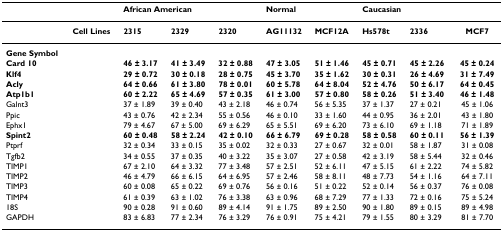
<table><thead><tr><td></td><td></td><td colspan="3"><b>African American</b></td><td colspan="2"><b>Normal</b></td><td colspan="3"><b>Caucasian</b></td></tr></thead><tbody><tr><td></td><td><b>Cell Lines</b></td><td><b>2315</b></td><td><b>2329</b></td><td><b>2320</b></td><td><b>AG11132</b></td><td><b>MCF12A</b></td><td><b>Hs578t</b></td><td><b>2336</b></td><td><b>MCF7</b></td></tr><tr><td><b>Gene Symbol</b></td><td></td><td></td><td></td><td></td><td></td><td></td><td></td><td></td><td></td></tr><tr><td><b>Card 10</b></td><td></td><td><b>46 ± 3.17</b></td><td><b>41 ± 3.49</b></td><td><b>32 ± 0.88</b></td><td><b>47 ± 3.05</b></td><td><b>51 ± 1.46</b></td><td><b>45 ± 0.71</b></td><td><b>45 ± 2.26</b></td><td><b>45 ± 0.24</b></td></tr><tr><td><b>Klf4</b></td><td></td><td><b>29 ± 0.72</b></td><td><b>30 ± 0.18</b></td><td><b>28 ± 0.75</b></td><td><b>45 ± 3.70</b></td><td><b>35 ± 1.62</b></td><td><b>30 ± 0.31</b></td><td><b>26 ± 4.69</b></td><td><b>31 ± 7.49</b></td></tr><tr><td><b>Acly</b></td><td></td><td><b>64 ± 0.66</b></td><td><b>61 ± 3.80</b></td><td><b>78 ± 0.01</b></td><td><b>60 ± 5.78</b></td><td><b>64 ± 8.04</b></td><td><b>52 ± 4.76</b></td><td><b>50 ± 6.17</b></td><td><b>64 ± 0.45</b></td></tr><tr><td><b>Atp1b1</b></td><td></td><td><b>60 ± 2.22</b></td><td><b>65 ± 4.69</b></td><td><b>57 ± 0.35</b></td><td><b>61 ± 3.00</b></td><td><b>57 ± 0.80</b></td><td><b>58 ± 0.26</b></td><td><b>51 ± 3.40</b></td><td><b>46 ± 1.48</b></td></tr><tr><td>Galnt3</td><td></td><td>37 ± 1.89</td><td>39 ± 0.40</td><td>43 ± 2.18</td><td>46 ± 0.74</td><td>56 ± 5.35</td><td>37 ± 1.37</td><td>27 ± 0.21</td><td>45 ± 1.06</td></tr><tr><td>Ppic</td><td></td><td>43 ± 0.76</td><td>42 ± 2.34</td><td>55 ± 0.56</td><td>46 ± 0.10</td><td>33 ± 1.60</td><td>44 ± 0.95</td><td>36 ± 2.01</td><td>43 ± 1.80</td></tr><tr><td>Ephx1</td><td></td><td>79 ± 4.67</td><td>67 ± 5.00</td><td>69 ± 6.29</td><td>65 ± 5.51</td><td>69 ± 6.20</td><td>73 ± 6.10</td><td>69 ± 1.18</td><td>71 ± 1.89</td></tr><tr><td><b>Spint2</b></td><td></td><td><b>60 ± 0.48</b></td><td><b>58 ± 2.24</b></td><td><b>42 ± 0.10</b></td><td><b>66 ± 6.79</b></td><td><b>69 ± 0.28</b></td><td><b>58 ± 0.58</b></td><td><b>60 ± 0.11</b></td><td><b>56 ± 1.39</b></td></tr><tr><td>Ptprf</td><td></td><td>32 ± 0.34</td><td>33 ± 0.15</td><td>35 ± 0.02</td><td>32 ± 0.33</td><td>27 ± 0.67</td><td>32 ± 0.01</td><td>58 ± 1.87</td><td>31 ± 0.08</td></tr><tr><td>Tgfb2</td><td></td><td>34 ± 0.55</td><td>37 ± 0.35</td><td>40 ± 3.22</td><td>35 ± 3.07</td><td>27 ± 0.58</td><td>42 ± 3.19</td><td>58 ± 5.44</td><td>32 ± 0.46</td></tr><tr><td>TIMP1</td><td></td><td>67 ± 2.10</td><td>64 ± 3.32</td><td>77 ± 3.48</td><td>57 ± 2.51</td><td>52 ± 6.11</td><td>47 ± 5.15</td><td>61 ± 2.22</td><td>74 ± 5.82</td></tr><tr><td>TIMP2</td><td></td><td>46 ± 4.79</td><td>66 ± 6.15</td><td>64 ± 6.95</td><td>57 ± 2.46</td><td>58 ± 8.11</td><td>48 ± 7.73</td><td>54 ± 1.16</td><td>64 ± 7.11</td></tr><tr><td>TIMP3</td><td></td><td>60 ± 0.08</td><td>65 ± 0.22</td><td>69 ± 0.76</td><td>56 ± 0.16</td><td>51 ± 0.22</td><td>52 ± 0.14</td><td>56 ± 0.37</td><td>76 ± 0.08</td></tr><tr><td>TIMP4</td><td></td><td>61 ± 0.39</td><td>63 ± 1.02</td><td>76 ± 3.38</td><td>63 ± 0.96</td><td>68 ± 7.29</td><td>77 ± 1.33</td><td>72 ± 0.16</td><td>75 ± 5.24</td></tr><tr><td>18S</td><td></td><td>90 ± 0.28</td><td>91 ± 0.60</td><td>89 ± 4.14</td><td>91 ± 1.75</td><td>89 ± 2.50</td><td>90 ± 1.80</td><td>89 ± 0.15</td><td>89 ± 4.98</td></tr><tr><td>GAPDH</td><td></td><td>83 ± 6.83</td><td>77 ± 2.34</td><td>76 ± 3.29</td><td>76 ± 0.91</td><td>75 ± 4.21</td><td>79 ± 1.55</td><td>80 ± 3.29</td><td>81 ± 7.70</td></tr></tbody></table>